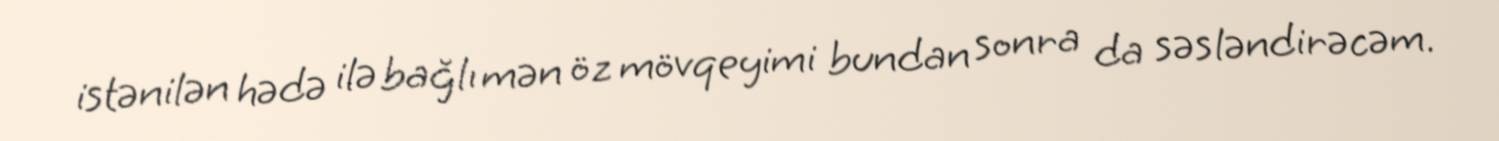
istənilən hədə ilə bağlı mən öz mövqeyimi bundan sonra da səsləndirəcəm.